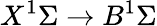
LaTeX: X^{1}\Sigma\rightarrow B^{1}\Sigma